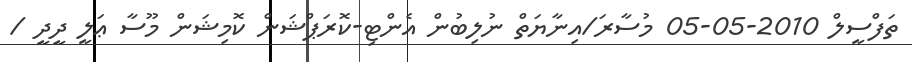
ތަފްސީލް 2010-05-05 މުސާރަ/އިނާޔަތް ނުލިބުން އެންޓި-ކޮރަޕްޝަން ކޮމިޝަން މޫސާ ޢަލީ ދީދީ /